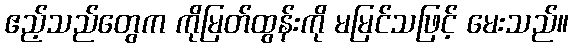
ဧည့်သည်တွေက ကိုမြတ်ထွန်းကို မမြင်သဖြင့် မေးသည်။